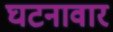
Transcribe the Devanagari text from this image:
घटनावार